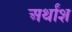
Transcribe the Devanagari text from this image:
अर्थांश